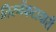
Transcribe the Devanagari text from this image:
तिरुवेंकटाचारी